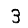
Digit: 3